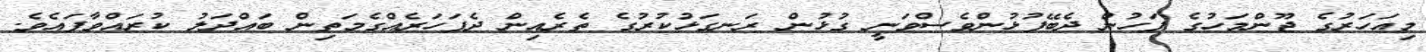
މިއަހަރުގެ ޖޫންމަހުގެ ފަހުން ދެބޭފުޅުންވެސްވަނީ ގުޅުން ރަނގަޅުކުރުގެ ތެރެއިން ދެފަހަރެއްގެމަތިން ބައްދަލު ކުރައްވާފައެވެ.